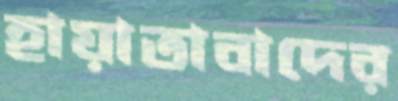
হায়াতাবাদের